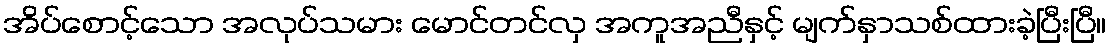
အိပ်စောင့်သော အလုပ်သမား မောင်တင်လှ အကူအညီနှင့် မျက်နှာသစ်ထားခဲ့ပြီးပြီ။